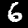
Label: 6